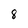
Character: 8